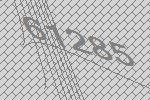
61285